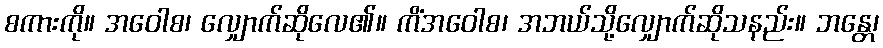
စကားကို။ အဝေါစ၊ လျှောက်ဆိုလေ၏။ ကိံအဝေါစ၊ အဘယ်သို့လျှောက်ဆိုသနည်း။ ဘန္တေ၊